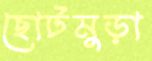
ছোটমুড়া